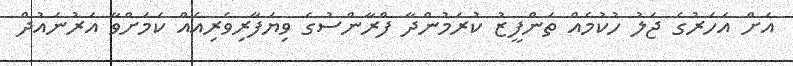
އަށް އަހަރުގެ ޖަލު ހުކުމެއް ތަންފީޒު ކުރަމުންދާ ފްރާންސުގެ ވިޔަފާރިވެރިއެއް ކަމަށްވާ އަރުނައުދް